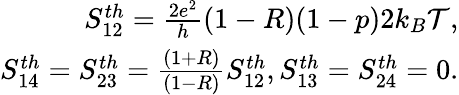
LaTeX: \begin{array}{r}{{S_{12}^{th}=\frac{2e^{2}}{h}(1-R)(1-p)2k_{B}\mathcal{T},}}\\ {{S_{14}^{th}=S_{23}^{th}=\frac{(1+R)}{(1-R)}S_{12}^{th}},{S_{13}^{th}=S_{24}^{th}=0.}}\end{array}